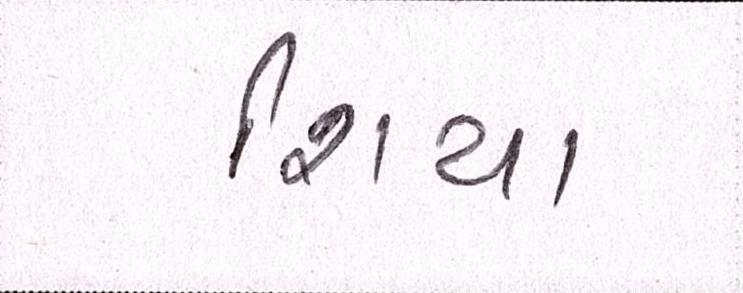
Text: શિયા